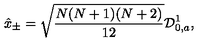
\hat { x } _ { \pm } = \sqrt { \frac { N ( N + 1 ) ( N + 2 ) } { 1 2 } } { \cal D } _ { 0 , a } ^ { 1 } ,